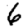
Digit: 6